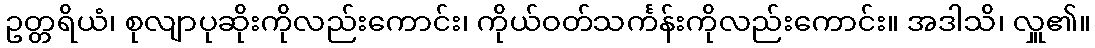
ဥတ္တရိယံ၊ စုလျာပုဆိုးကိုလည်းကောင်း၊ ကိုယ်ဝတ်သင်္ကန်းကိုလည်းကောင်း။ အဒါသိ၊ လှူ၏။